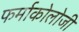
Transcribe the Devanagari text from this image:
फर्माकोलोजी